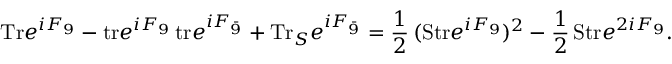
\mathrm { T r } e ^ { i F _ { 9 } } - \mathrm { t r } e ^ { i F _ { 9 } } \, \mathrm { t r } e ^ { i F _ { \bar { 9 } } } + \mathrm { T r } _ { S } e ^ { i F _ { \bar { 9 } } } = { \frac { 1 } { 2 } } \, ( \mathrm { S t r } e ^ { i F _ { 9 } } ) ^ { 2 } - { \frac { 1 } { 2 } } \, \mathrm { S t r } e ^ { 2 i F _ { 9 } } .